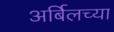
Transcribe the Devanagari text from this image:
अर्बिलच्या